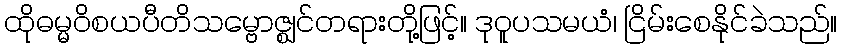
ထိုဓမ္မဝိစယပီတိသမ္ဗောဇ္ဈင်တရားတို့ဖြင့်။ ဒုဝူပသမယံ၊ ငြိမ်းစေနိုင်ခဲသည်။